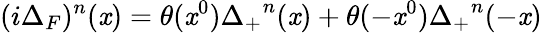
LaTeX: (i\Delta_{F})^{n}(\mathit{x})=\theta(\mathit{x}^{0}){\Delta_{+}}^{n}(\mathit{x})+\theta(-\mathit{x}^{0}){\Delta_{+}}^{n}(-\mathit{x})